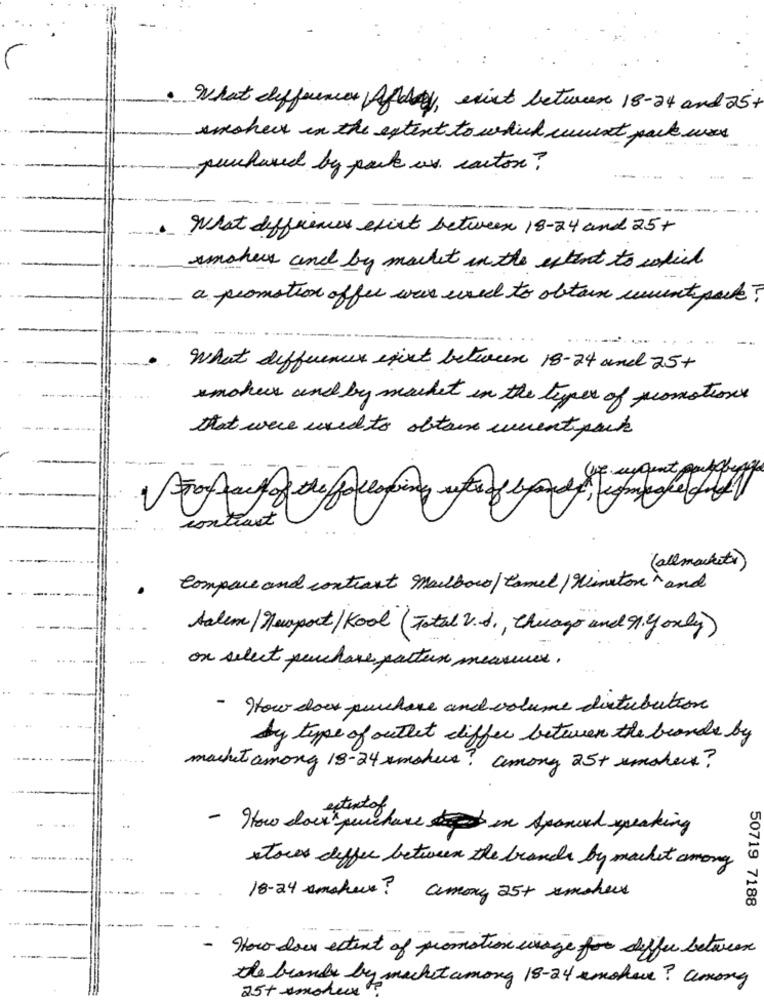
· What differences Afery, exist between 18-24 and 25+
smohex in the extent to which current pack was
purchased by park as carton?
What differences exist between 18-24 and 25+
smokers and by market in the extent to which
a promotion offer was used to obtain wmente pack?
What differences exist between 18-24 and 25+
unches and by market in the types of promotions
that were used to obtain umentpack
-
rog acy of the following entre of blo df , compare day
contract
( allmarkets)
Compare and contract Marlboro / Camel / Winston and
Salem/ Maraport/ Kool ( Total V. S. , Chicago and Ri y only)
on select purchase pattern measures.
- How does purchase and volume distribution
by type of outlet differ betwen the brands by
macht among 18-24 umahus? among 25+ umaher?
- How does purchase in spanish speaking
stores differ between the brands by market among
18-24 anshave? amony 25+ unsher
50719 7188
How does extent of promotion usage for siffer between
the bramb by macht among 18-24 umohave? among
25+ molux